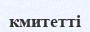
кмитетті